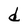
Character: d